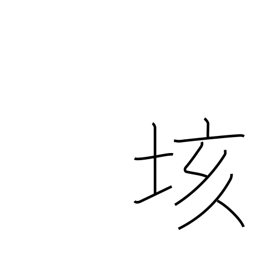
Meaning: hundred quintillion